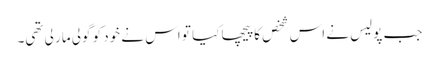
جب پولیس نے اس شخص کا پیچھا کیا تو اس نے خود کو گولی مار لی تھی۔